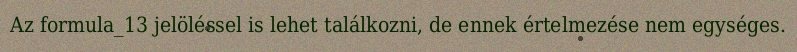
Az formula_13 jelöléssel is lehet találkozni, de ennek értelmezése nem egységes.